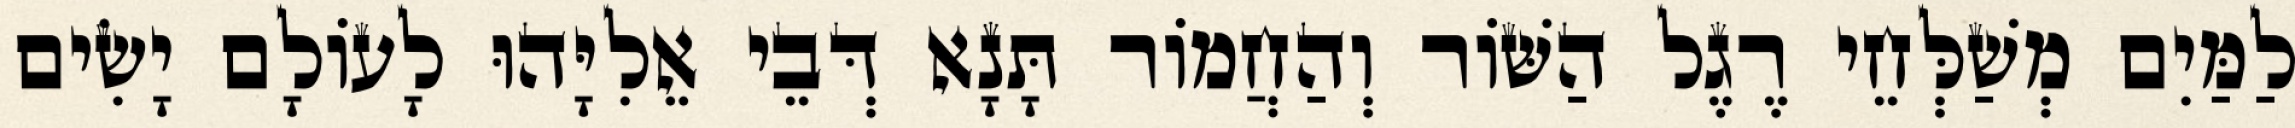
לַמַּיִם מְשַׁלְּחֵי רֶגֶל הַשּׁוֹר וְהַחֲמוֹר תָּנָא דְּבֵי אֵלִיָּהוּ לָעוֹלָם יָשִׂים